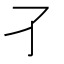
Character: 𡤼